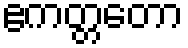
ဧကတ္တတော